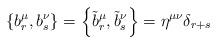
LaTeX: \begin{align*}\left\{ b_r ^\mu ,b_s ^\nu\right\} = \left\{ \tilde{b}_r ^\mu ,\tilde{b}_s ^\nu\right\} = \eta^{\mu\nu}\delta_{r+s}\end{align*}